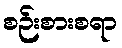
စဉ်းစားစရာ